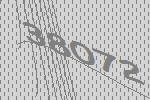
38072